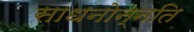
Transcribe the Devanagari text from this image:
साधनोन्नति